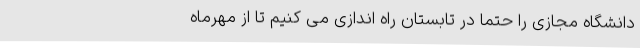
دانشگاه مجازی را حتما در تابستان راه اندازی می کنیم تا از مهرماه